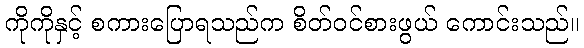
ကိုကိုနှင့် စကားပြောရသည်က စိတ်ဝင်စားဖွယ် ကောင်းသည်။